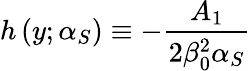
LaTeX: h\left(y;\alpha_{S}\right)\equiv-\frac{A_{1}}{2\beta_{0}^{2}\alpha_{S}}